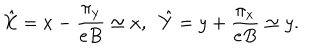
LaTeX: \hat { X } = x - \frac { \pi _ { y } } { e B } \simeq x , \; \; \hat { Y } = y + \frac { \pi _ { x } } { e B } \simeq y .